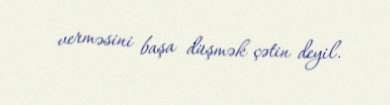
verməsini başa düşmək çətin deyil.